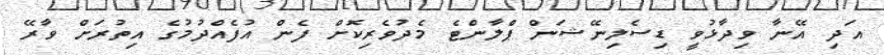
އަދި އޭނާ ވިދާޅުވީ ޑިސެލިނޭޝަން ޕްލާންޓެ މެދުވެރިކޮށް ފެން އުފެއްދުމުގެ އިތުރަށް ވާރޭ